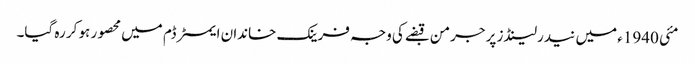
مئی 1940ء میں نیدرلینڈز پر جرمن قبضے کی وجہ فرینک خاندان ایمسٹرڈم میں محصور ہو کر رہ گیا۔